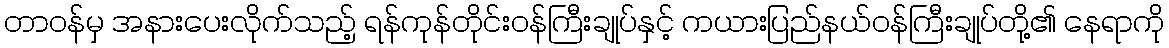
တာဝန်မှ အနားပေးလိုက်သည့် ရန်ကုန်တိုင်းဝန်ကြီးချုပ်နှင့် ကယားပြည်နယ်ဝန်ကြီးချုပ်တို့၏ နေရာကို